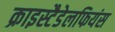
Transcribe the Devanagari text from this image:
क्राइस्टैडेलफियंस